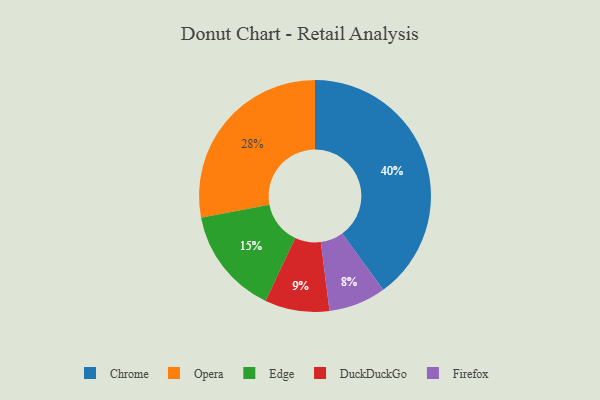
{"axis": {"x": "Category", "y": "Percentage"}, "legend": ["Chrome", "DuckDuckGo", "Edge", "Firefox", "Opera"], "data": [{"x": "Edge", "y": 15, "type": "Edge"}, {"x": "Chrome", "y": 40, "type": "Chrome"}, {"x": "Opera", "y": 28, "type": "Opera"}, {"x": "Firefox", "y": 8, "type": "Firefox"}, {"x": "DuckDuckGo", "y": 9, "type": "DuckDuckGo"}]}